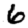
Digit: 6